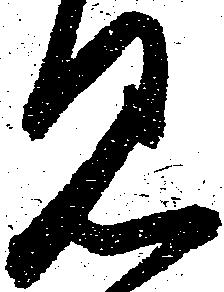
見